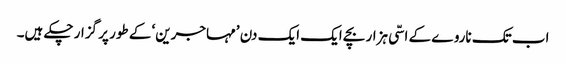
اب تک ناروے کے اسّی ہزار بچے ایک ایک دن ’مہاجرین‘ کے طور پر گزار چکے ہیں۔